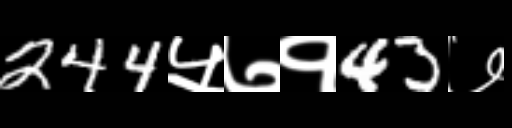
Text: 244५७१43७